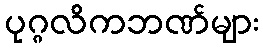
ပုဂ္ဂလိကဘဏ်များ